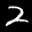
Label: 2